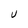
Character: U